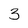
Character: 3